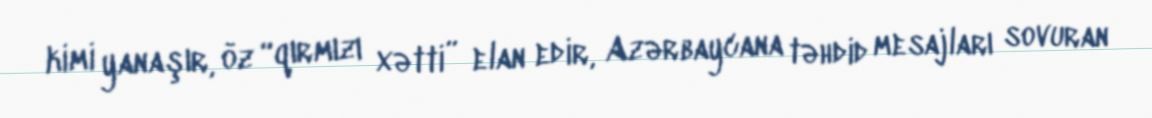
kimi yanaşır, öz “qırmızı xətti” elan edir, Azərbaycana təhdid mesajları sovuran